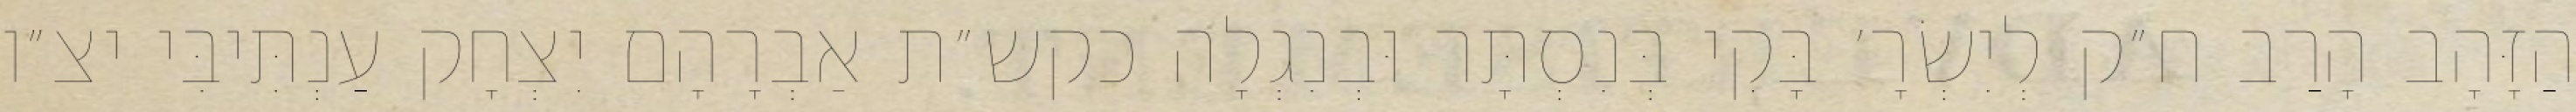
הַזָּהָב הָרַב ח״ק לְיִשְׂרָ׳ בָּקִי בְּנִסְתָּר וּבְנִגְלָה כקש״ת אַבְרָהָם יִצְחָק עַנְתִּיבִּי יצ״ו